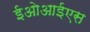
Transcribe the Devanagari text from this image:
ईओआईएस